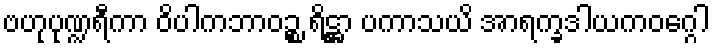
ဗဟုပုဏ္ဍရီကာ ဝိပါကဘာဝဉ္စ ရိဋ္ဌာ ပကာသယိ အာရက္ခဒါယကဝဂ္ဂေါ